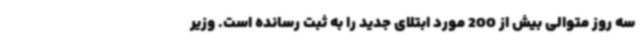
سه روز متوالی بیش از 200 مورد ابتلای‌ جدید را به ثبت رسانده است. وزیر